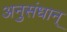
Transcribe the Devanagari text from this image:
अनुसंधान्